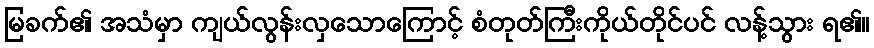
မြခက်၏ အသံမှာ ကျယ်လွန်းလှသောကြောင့် စံတုတ်ကြီးကိုယ်တိုင်ပင် လန့်သွား ရ၏။